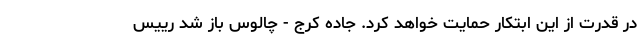
در قدرت از این ابتکار حمایت خواهد کرد. جاده کرج - چالوس باز شد رییس